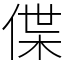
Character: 偞